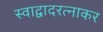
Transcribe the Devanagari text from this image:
स्वाद्वादरत्नाकर